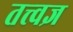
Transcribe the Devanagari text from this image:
तत्त्‍वज्ञ